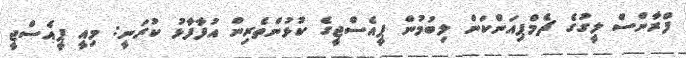
ފްރާންސް ލީގުގެ ޗެމްޕިއަންކަން ލިބުމުން ޕީއެސްޖީގެ ކުޅުންތެރިން އުފާފާޅު ކުރަނީ: މިއީ ޕީއެސްޖީ